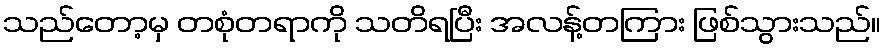
သည်တော့မှ တစုံတရာကို သတိရပြီး အလန့်တကြား ဖြစ်သွားသည်။